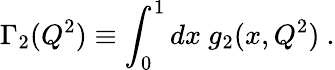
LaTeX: \Gamma_{2}(Q^{2})\equiv\int_{0}^{1}dx~g_{2}(x,Q^{2})~.